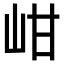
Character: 𡶑